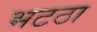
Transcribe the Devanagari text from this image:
भटठा